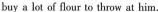
buy a lot of flour to throw at him.